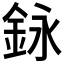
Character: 𨥭